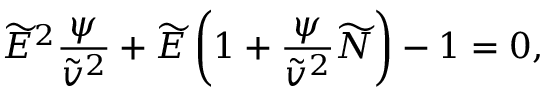
\widetilde { E } ^ { 2 } \frac { \psi } { \widetilde { v } ^ { 2 } } + \widetilde { E } \left( 1 + \frac { \psi } { \widetilde { v } ^ { 2 } } \widetilde { N } \right) - 1 = 0 ,